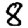
Digit: 8